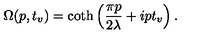
\Omega ( p , t _ { v } ) = \coth \left( \frac { \pi p } { 2 \lambda } + i p t _ { v } \right) .